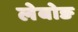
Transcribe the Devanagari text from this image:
लेबोङ